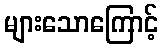
များသောကြောင့်